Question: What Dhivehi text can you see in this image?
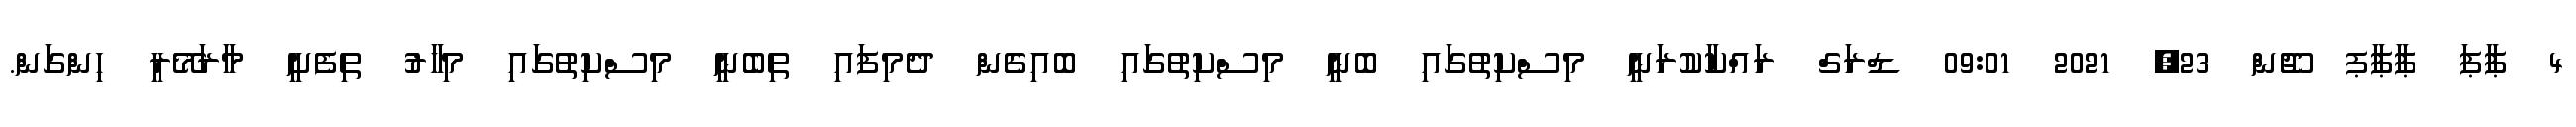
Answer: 4 ޕާޕަ ޕާޕާޕ ޖޫން 23, 2021 09:01 ޑްރަގް ރައްކާކުރަނީ މިސްކިތުގައި ބޮނީ މިސްކިތުގައި ބޮއިގެން ދެމިފައި ތިބެނީ މިސްކިތުގައި މިހާރު ތިފެށީ މާރަމޭރީ ހިންގަން.